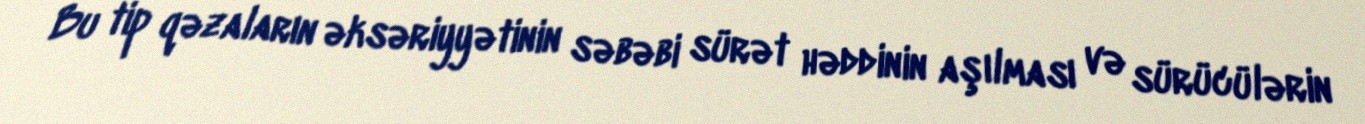
Bu tip qəzaların əksəriyyətinin səbəbi sürət həddinin aşılması və sürücülərin